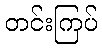
တင်းကြပ်